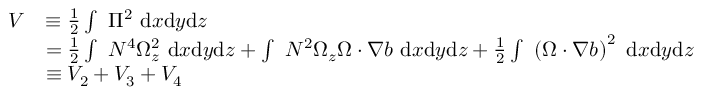
\begin{array} { r l } { V } & { \equiv \frac { 1 } { 2 } \int ~ \Pi ^ { 2 } ~ \mathrm { d } x \mathrm { d } y \mathrm { d } z } \\ & { = \frac { 1 } { 2 } \int ~ N ^ { 4 } \Omega _ { z } ^ { 2 } ~ \mathrm { d } x \mathrm { d } y \mathrm { d } z + \int ~ N ^ { 2 } \Omega _ { z } \boldsymbol { \Omega } \cdot \boldsymbol { \nabla } b ~ \mathrm { d } x \mathrm { d } y \mathrm { d } z + \frac { 1 } { 2 } \int ~ \left( \boldsymbol { \Omega } \cdot \boldsymbol { \nabla } b \right) ^ { 2 } ~ \mathrm { d } x \mathrm { d } y \mathrm { d } z } \\ & { \equiv V _ { 2 } + V _ { 3 } + V _ { 4 } } \end{array}